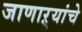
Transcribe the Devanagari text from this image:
जाणाऱ्यांचे